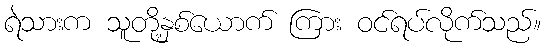
ရဲသားက သူတို့နှစ်ယောက် ကြား ဝင်ရပ်လိုက်သည်။